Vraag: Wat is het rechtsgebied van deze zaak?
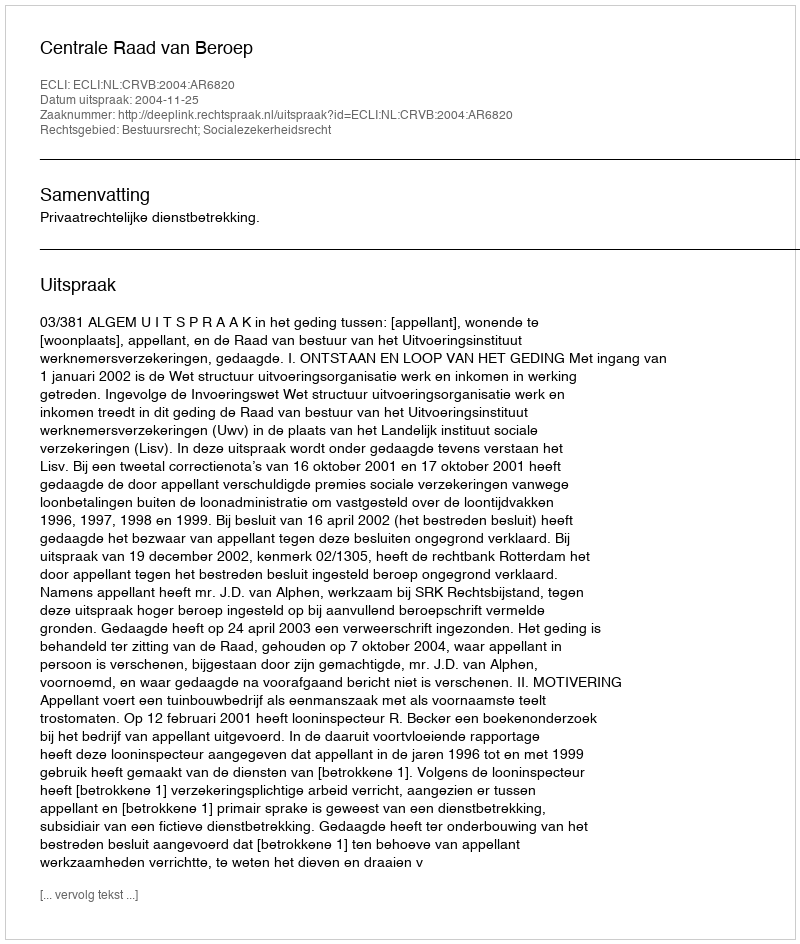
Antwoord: Bestuursrecht; Socialezekerheidsrecht